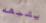
يشبهه